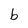
Character: b